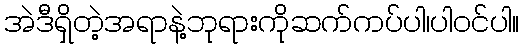
အဲဒီရှိတဲ့အရာနဲ့ဘုရားကိုဆက်ကပ်ပါ၊ပါဝင်ပါ။